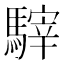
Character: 䮨